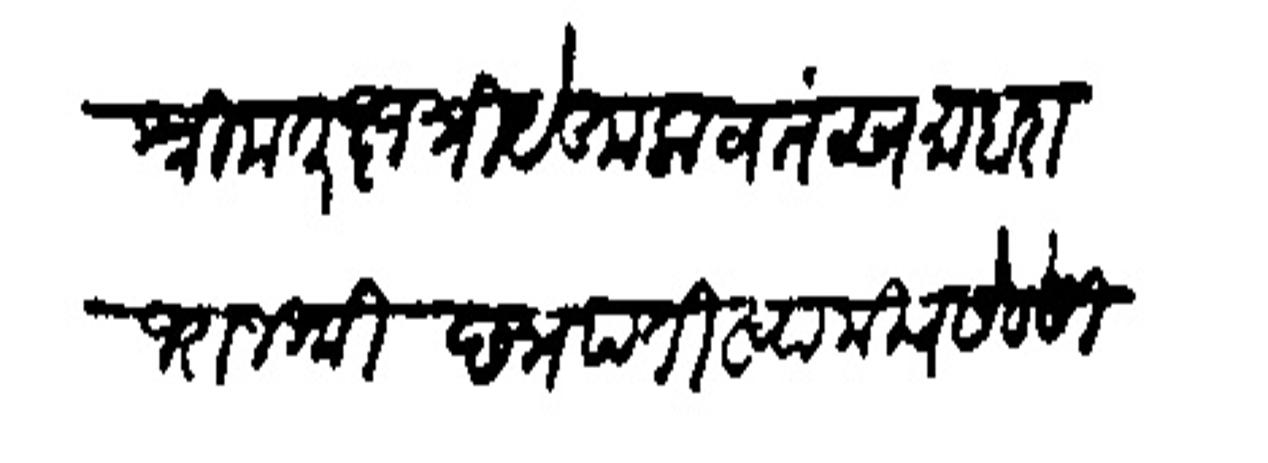
Transliteration (Devanagari): श्रीमत् क्षत्रीये कुलावतंस माहारा
ज राजधी छत्रपति स्वामीच सेवेसी